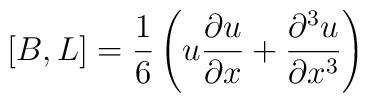
\left[ B , L \right] = {1\over 6} \left(u {\partial u\over \partial x}+ {\partial^{3} u\over \partial x^{3}}\right)